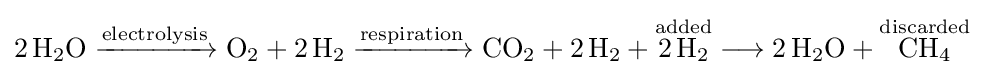
{2\,\mathrm {H} {\vphantom {A}}_{\smash[{t}]{2}}\mathrm {O} {}\mathrel {\xrightarrow {\text{electrolysis}} } {}\mathrm {O} {\vphantom {A}}_{\smash[{t}]{2}}{}+{}2\,\mathrm {H} {\vphantom {A}}_{\smash[{t}]{2}}{}\mathrel {\xrightarrow {\text{respiration}} } {}\mathrm {CO} {\vphantom {A}}_{\smash[{t}]{2}}{}+{}2\,\mathrm {H} {\vphantom {A}}_{\smash[{t}]{2}}{}+{}{\overset {\mathrm {added} }{2\,\mathrm {H} {\vphantom {A}}_{\smash[{t}]{2}}}}{}\mathrel {\longrightarrow } {}2\,\mathrm {H} {\vphantom {A}}_{\smash[{t}]{2}}\mathrm {O} {}+{}{\overset {\mathrm {discarded} }{\mathrm {CH} {\vphantom {A}}_{\smash[{t}]{4}}}}}